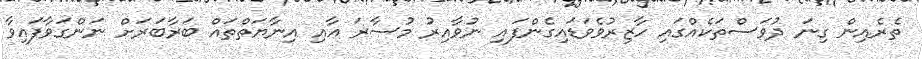
ތެރެއިން ގިނަ ދުވަސްތަކެއްގައި ހާޒިރުވެވަޑައިގެންފައި ނުވާއިރު މުސާރަ އާއި އިނާޔަތްތައް ބަރާބަރަށް ނަންގަވާފައިވާ